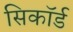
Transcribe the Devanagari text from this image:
सिकॉर्ड